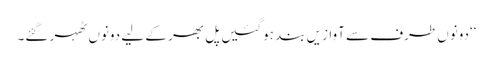
‘‘دونوں طرف سے آوازیں بند ہوگئیں پل بھر کے لیے دونوں ٹھہر گئے۔